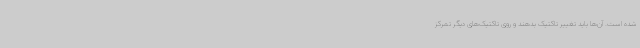
شده است. آن‌ها باید تغییر تاکتیک بدهند و روی تاکتیک‌های دیگر تمرکز